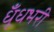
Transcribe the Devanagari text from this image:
धूँधभरी